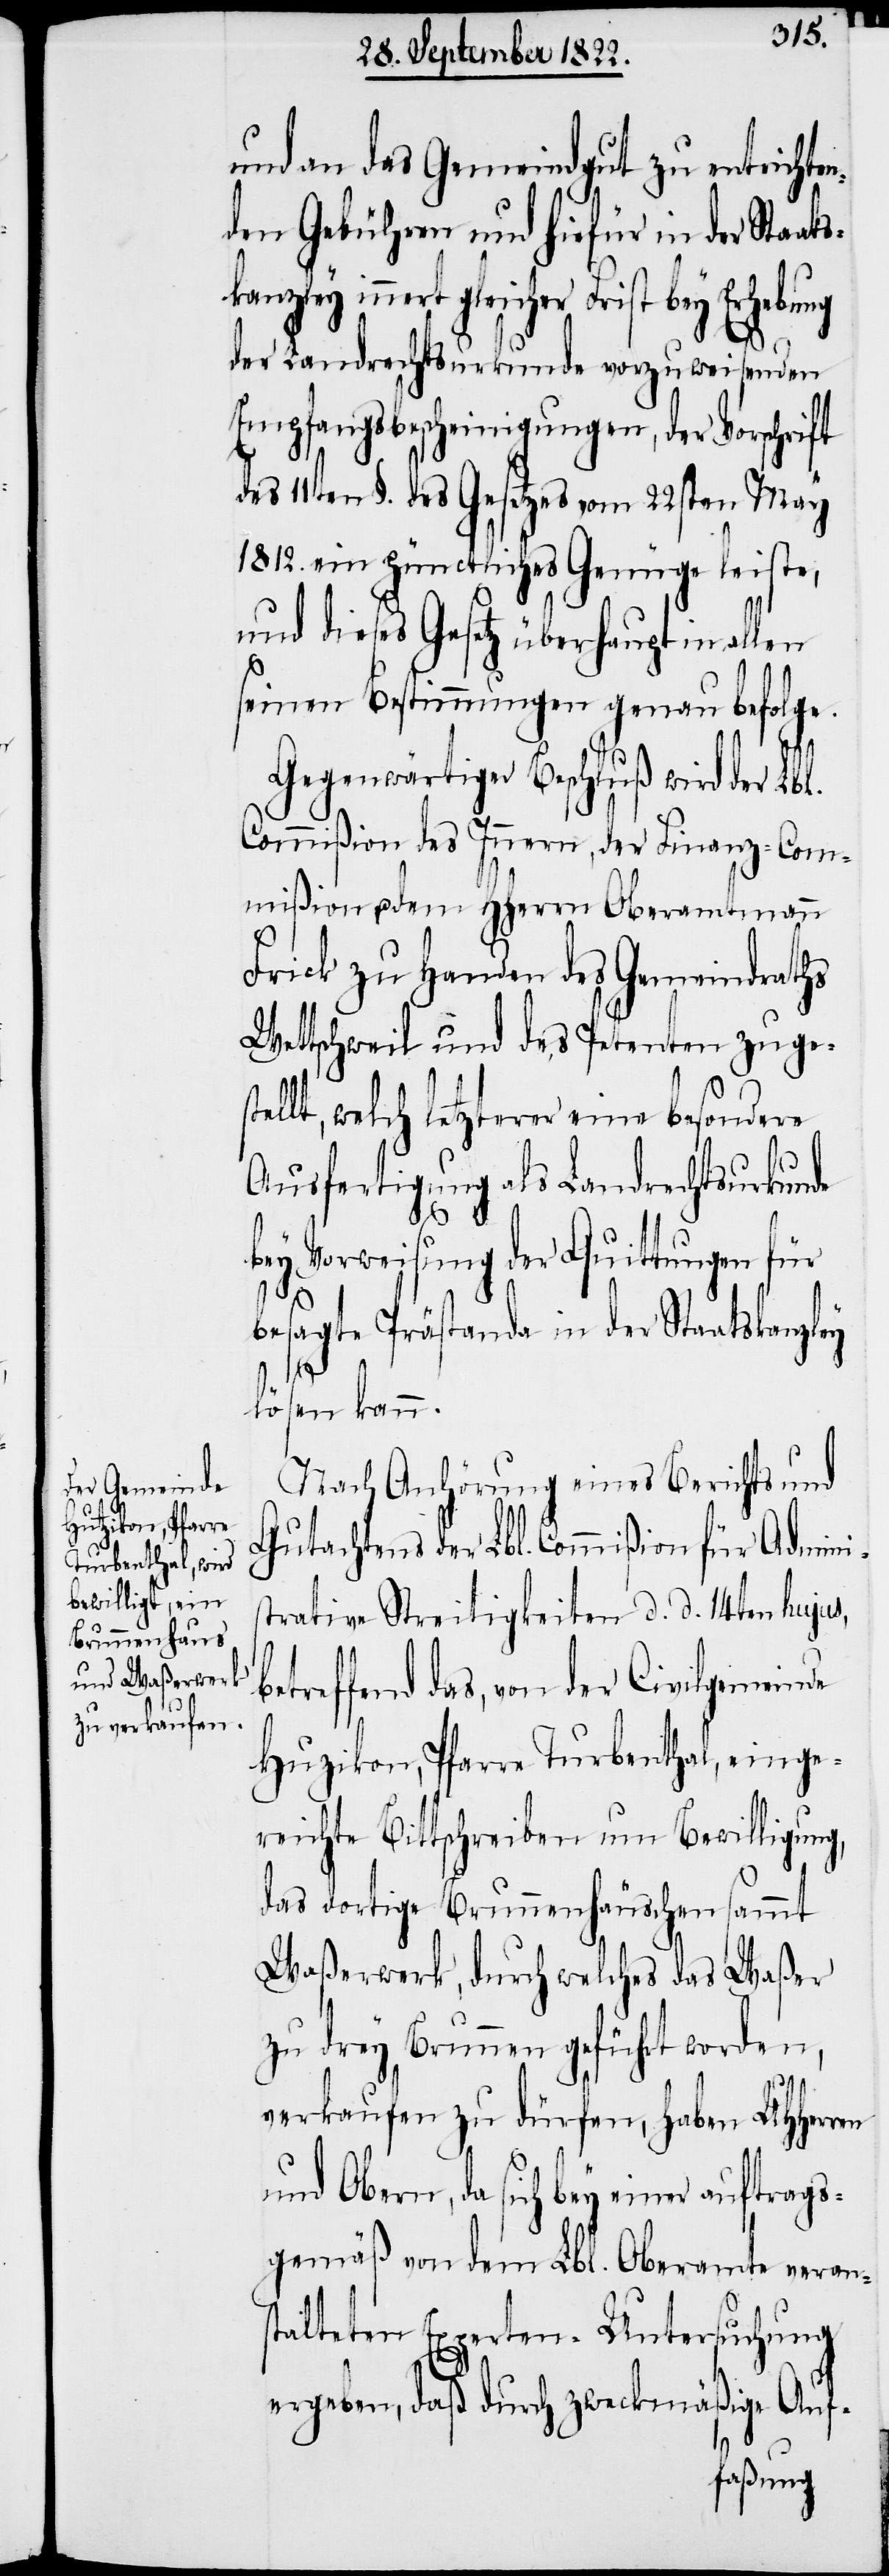
und an das Gemeindgut zu entrichte¬
nden Gebühren und hiefür in der Sta¬
kanzley innert gleicher Frist bey
der Landrechtsurkunde vorzuweisenden
Empfangsbescheinigungen, der Vorschrift
des 11ten §. des Gesetzes vom 22sten May
1812. ein pünctliches Genüge leiste,
und dieses Gesetz überhaupt in allen
seinen Bestimmungen genau befolge.
Gegenwärtiger Beschluß wird der Lbl.
Commißion des Innern, der Finanz-Com¬
mißion & dem HHerrn Oberamtmann
Frick zu Handen des Gemeindraths
Wattschweil und des Petenten zuge¬
lt, welch letzterer eine besondere
Ausfertigung als Landrechtsurkunde
b¬
bey Vorweisung der Quittungen für
besagte Prästanda in der Staatskanzley
stel¬
lösen kann.
Nach Anhörung eines Berichts und
Gutachtens der Lbl. Commißion für Admini¬
strative Streitigkeiten d. d. 14ten hujus,
etreffend das, von der Civilgemeinde
[sic], Pfarre Turbenthal, einge¬
reichte Bittschreiben um Bewilligung,
das dortige Brunnenhäuschen sammt
Waßerwerk, durch welches das Waßer
zu drey Brunnen geführt werden,
verkaufen zu dürfen, haben UHHerrn
und Obern, da sich bey einer auftrags¬
gemäß an dem Lbl. Oberamte verans¬
talteten Experten-Untersuchung
ergeben, daß durch zweckmäßige Auf-

ats¬